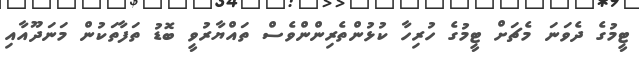
ޓީމުގެ ދެވަނަ މެޗަށް ޓީމުގެ ހުރިހާ ކުޅުންތެރިންންވެސް ތައްޔާރުވީ ބޮޑު ތަފާތަކުން މަނަދޫއާއި